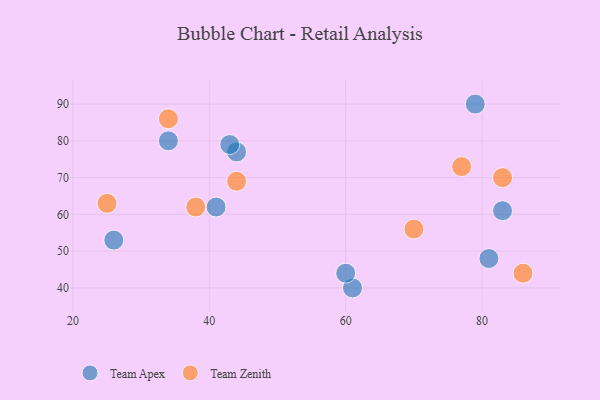
{"axis": {"x": "GDP", "y": "Life Expectancy"}, "legend": ["Team Apex", "Team Zenith"], "data": [{"x": "83", "y": 61, "type": "Team Apex"}, {"x": "44", "y": 77, "type": "Team Apex"}, {"x": "79", "y": 90, "type": "Team Apex"}, {"x": "26", "y": 53, "type": "Team Apex"}, {"x": "41", "y": 62, "type": "Team Apex"}, {"x": "81", "y": 48, "type": "Team Apex"}, {"x": "43", "y": 79, "type": "Team Apex"}, {"x": "34", "y": 80, "type": "Team Apex"}, {"x": "61", "y": 40, "type": "Team Apex"}, {"x": "60", "y": 44, "type": "Team Apex"}, {"x": "83", "y": 70, "type": "Team Zenith"}, {"x": "34", "y": 86, "type": "Team Zenith"}, {"x": "25", "y": 63, "type": "Team Zenith"}, {"x": "86", "y": 44, "type": "Team Zenith"}, {"x": "38", "y": 62, "type": "Team Zenith"}, {"x": "77", "y": 73, "type": "Team Zenith"}, {"x": "44", "y": 69, "type": "Team Zenith"}, {"x": "70", "y": 56, "type": "Team Zenith"}]}